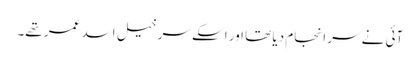
آئی نے سر انجام دیا تھا اور اسکے سرخیل اسد عمر تھے۔